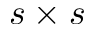
s \times s